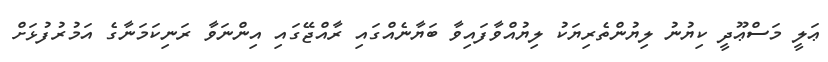
ޢަލީ މަސްޢޫދީ ކިޔުނު ލިޔުންތެރިޔަކު ލިޔުއްވާފައިވާ ބަޔާނެއްގައި ރާއްޖޭގައި އިންނަވާ ރަނިކަމަނާގެ އަމުރުފުޅަށް